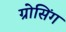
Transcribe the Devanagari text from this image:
ग्रोसिंग